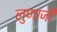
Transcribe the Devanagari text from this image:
लुणाजी